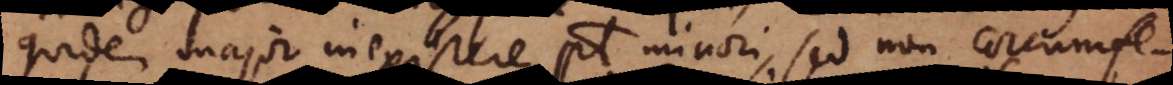
quidem major inexistere potest minori, sed non circumferentia,